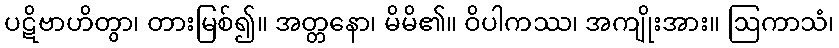
ပဋိဗာဟိတွာ၊ တားမြစ်၍။ အတ္တနော၊ မိမိ၏။ ဝိပါကဿ၊ အကျိုးအား။ ဩကာသံ၊